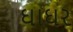
ઘાઘર